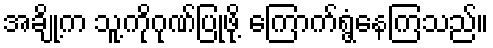
အချို့က သူ့ကိုဂုဏ်ပြုဖို့ ကြောက်ရွံ့နေကြသည်။